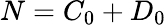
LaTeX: N=C_{0}+D_{0}